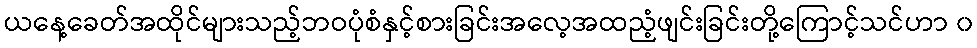
ယနေ့ခေတ်အထိုင်များသည့်ဘဝပုံစံနှင့်စားခြင်းအလေ့အထညံ့ဖျင်းခြင်းတို့ကြောင့်သင်ဟာ ၀